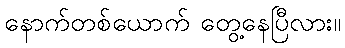
နောက်တစ်ယောက် တွေ့နေပြီလား။